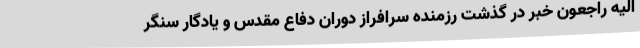
الیه راجعون خبر در گذشت رزمنده سرافراز دوران دفاع مقدس و یادگار سنگر